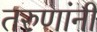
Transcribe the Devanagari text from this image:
तरुणांनीं